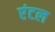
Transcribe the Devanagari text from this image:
एंटल